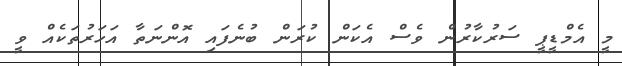
މީ އެމްޑީޕީ ސަރުކާރުން ވެސް އެކަން ކުރަން ބުނެފައި އޮންނަތާ އަހަރުތަކެއް ވީ